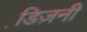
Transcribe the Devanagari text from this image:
डि़ज़नी